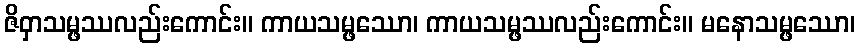
ဇိဝှာသမ္ဖဿလည်းကောင်း။ ကာယသမ္ဖဿော၊ ကာယသမ္ဖဿလည်းကောင်း။ မနောသမ္ဖဿော၊